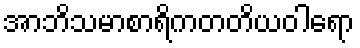
အာဘိသမာစာရိကတတိယဝါရော